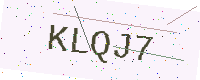
Text: KLQJ7